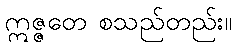
ဣဇ္ဇတေ စသည်တည်း။